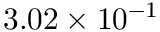
3 . 0 2 \times 1 0 ^ { - 1 }